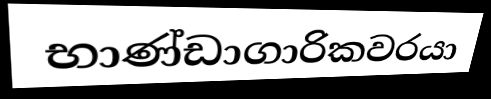
භාණ්ඩාගාරිකවරයා